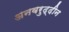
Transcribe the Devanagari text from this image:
अनवरुद्दीन